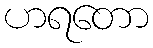
ဟရတော